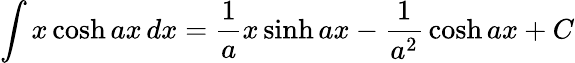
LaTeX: \int x\cosh ax\, dx={\frac{1}{a}}x\sinh ax-{\frac{1}{a^{2}}}\cosh ax+C